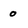
Character: o